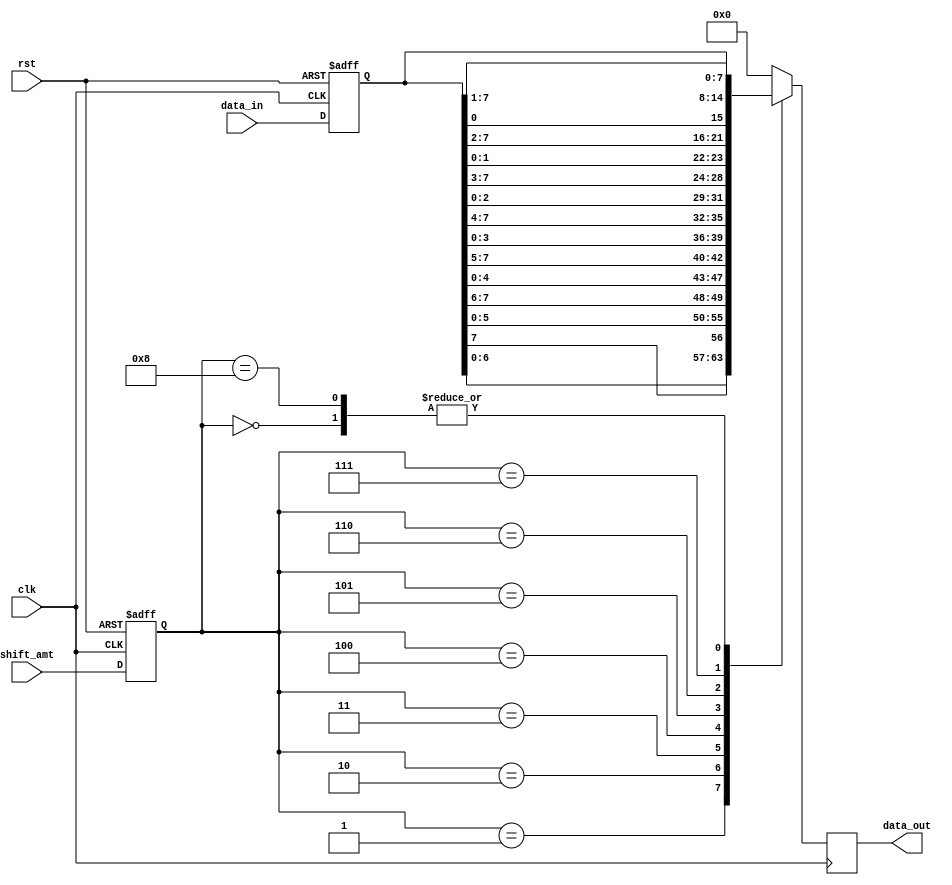
module barrel_shifter (
    input wire clk,
    input wire rst,
    input wire [3:0] shift_amt,
    input wire [7:0] data_in,
    output reg [7:0] data_out
);

reg [7:0] data_reg;
reg [3:0] shift_reg;

always @(posedge clk, posedge rst) begin
    if (rst) begin
        data_reg <= 8'b0;
        shift_reg <= 4'b0;
    end else begin
        data_reg <= data_in;
        shift_reg <= shift_amt;
    end
end

always @(posedge clk) begin
    case (shift_reg)
        4'b0000: data_out <= data_reg;
        4'b0001: data_out <= {data_reg[6:0], data_reg[7]};
        4'b0010: data_out <= {data_reg[5:0], data_reg[7:6]};
        4'b0011: data_out <= {data_reg[4:0], data_reg[7:5]};
        4'b0100: data_out <= {data_reg[3:0], data_reg[7:4]};
        4'b0101: data_out <= {data_reg[2:0], data_reg[7:3]};
        4'b0110: data_out <= {data_reg[1:0], data_reg[7:2]};
        4'b0111: data_out <= {data_reg[0], data_reg[7:1]};
        4'b1000: data_out <= {data_reg[7], data_reg[6:0]};
        default: data_out <= 8'b0;
    endcase
end

endmodule